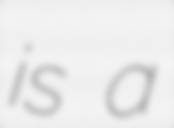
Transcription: is a